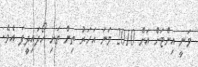
ވަނީ އިންޓަށް އަށް 2010 ވަނަ އަހަރު ތިން ތަށި ހޯދައިދީފަ އެވެ.